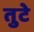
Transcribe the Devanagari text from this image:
तुटे